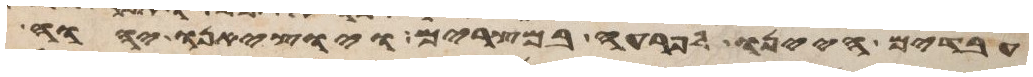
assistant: עבדים היינו לפרעה במצרים ויוציאנו יהוה